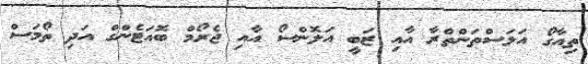
ތިއާގޯ އަލަސްތަންތްރާ އާއި ޒަބީ އަލޮންސޯ އާއި ޖެރޯމް ބޮއަޓެންގް އަދި ތޯމަސް